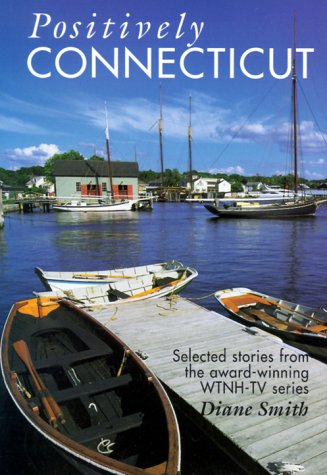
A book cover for Positively Connecticut: Selected Stories from the Award-Winning WTNH-TV Series (Broadcast Tie-Ins); Diane Smith; Travel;